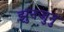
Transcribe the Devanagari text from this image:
झुनजुनु